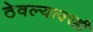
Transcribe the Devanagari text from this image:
ठेवल्यावरही